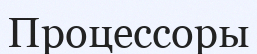
Процессоры